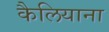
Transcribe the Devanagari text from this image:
कैलियाना